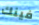
فينك